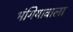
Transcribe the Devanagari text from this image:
भंगियावाला